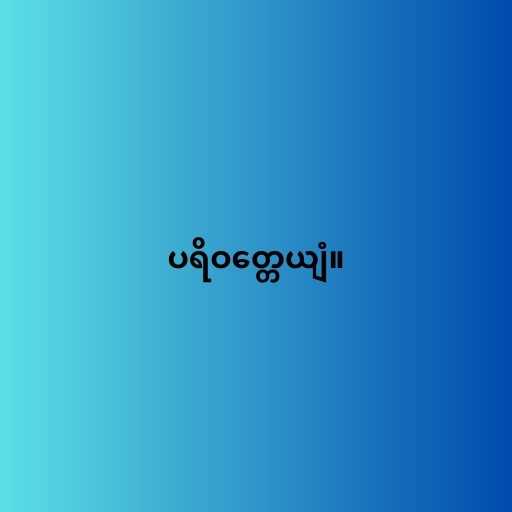
ပရိဝတ္တေယျံ။